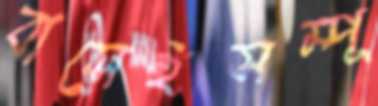
বাসেইসম্পূ